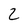
Character: 2